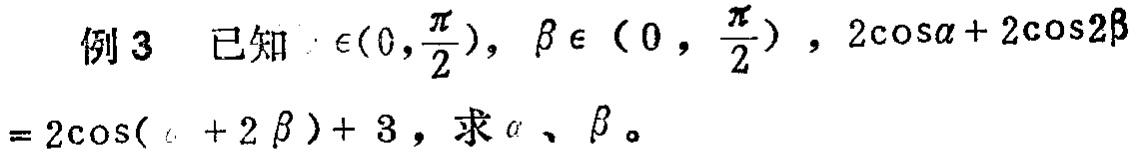
例3 已知$\alpha\in(0,\frac{\pi}{2})$，$\beta\in(0,\frac{\pi}{2})$，$2\cos\alpha + 2\cos2\beta=2\cos(\alpha + 2\beta)+ 3$，求$\alpha$、$\beta$。